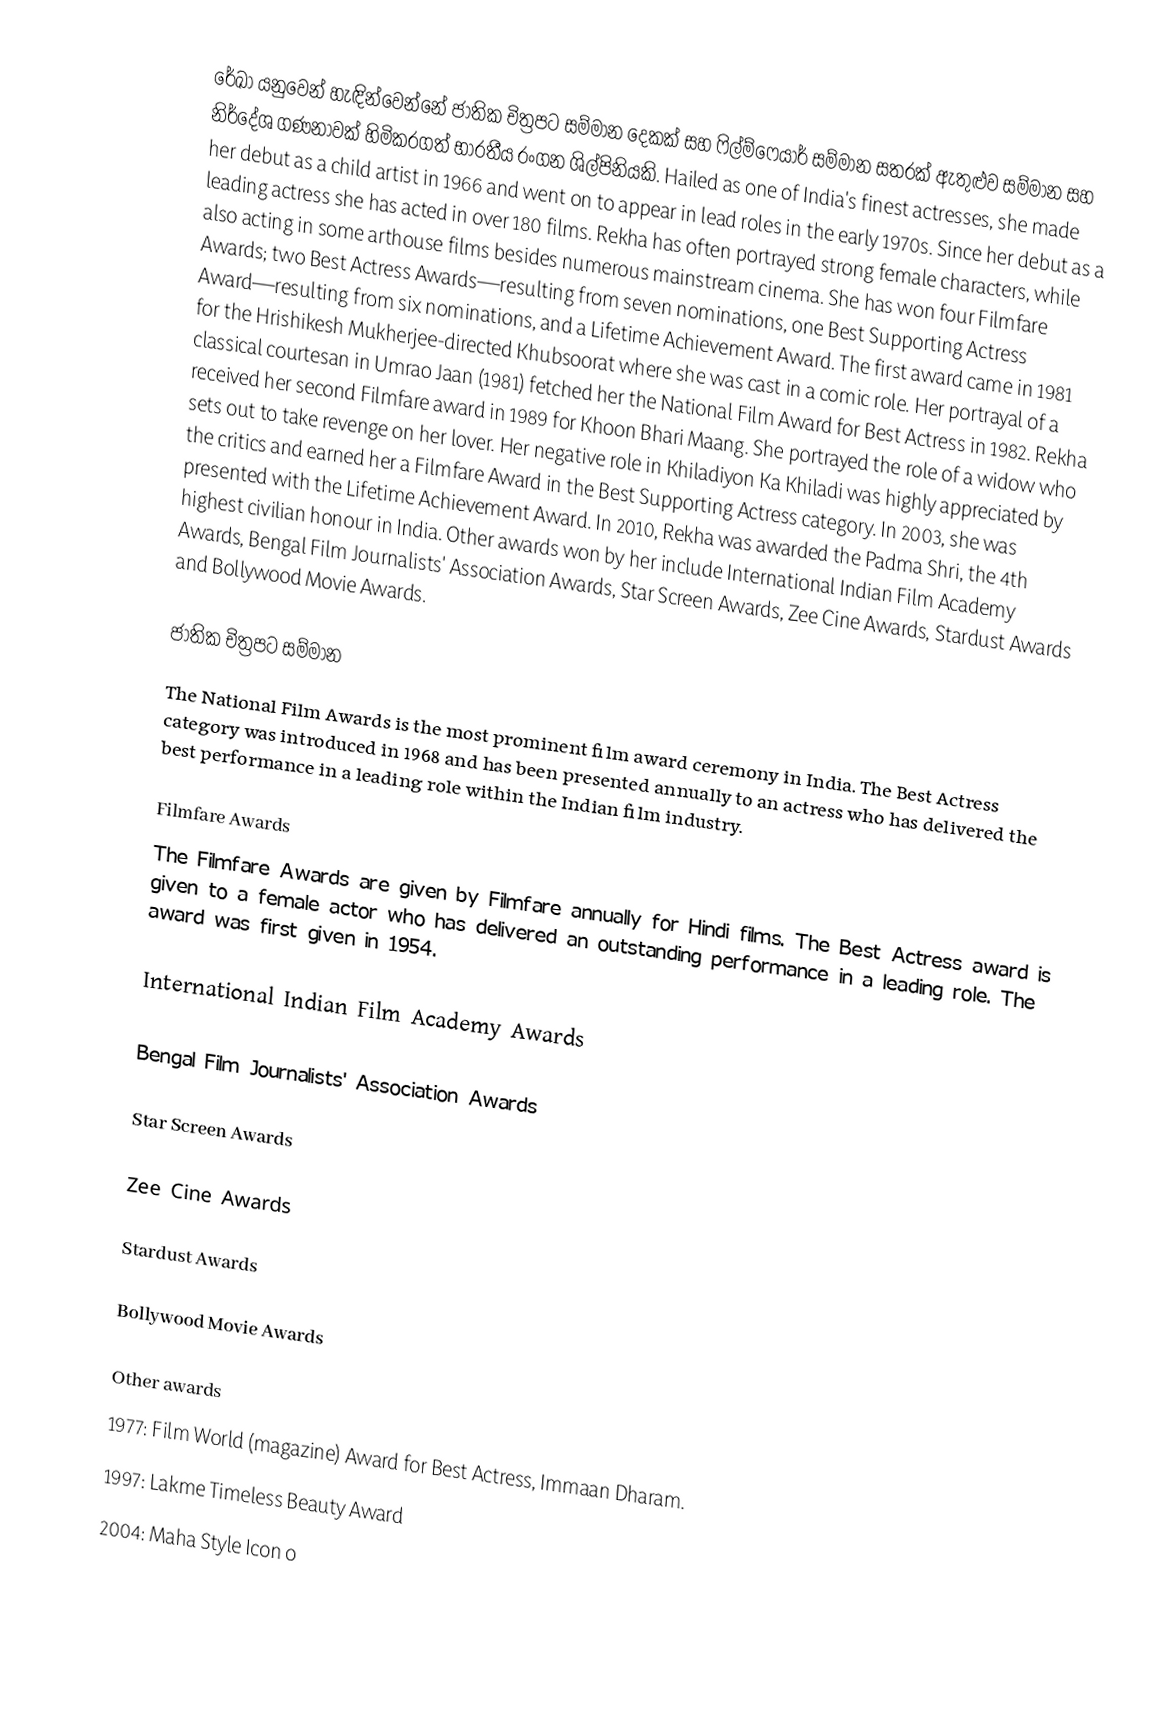
රේඛා යනුවෙන් හැඳින්වෙන්නේ ජාතික චිත්‍රපට සම්මාන දෙකක් සහ ෆිල්ම්ෆෙයාර් සම්මාන සතරක් ඇතුළුව සම්මාන සහ නිර්දේශ ගණනාවක් හිමිකරගත් භාරතීය රංගන ශිල්පිනියකි. Hailed as one of India's finest actresses, she made her debut as a child artist in 1966 and went on to appear in lead roles in the early 1970s. Since her debut as a leading actress she has acted in over 180 films. Rekha has often portrayed strong female characters, while also acting in some arthouse films besides numerous mainstream cinema. She has won four Filmfare Awards; two Best Actress Awards—resulting from seven nominations, one Best Supporting Actress Award—resulting from six nominations, and a Lifetime Achievement Award. The first award came in 1981 for the  Hrishikesh Mukherjee-directed Khubsoorat where she was cast in a comic role. Her portrayal of a classical courtesan in Umrao Jaan (1981) fetched her the National Film Award for Best Actress in 1982. Rekha received her second Filmfare award in 1989 for Khoon Bhari Maang. She portrayed the role of a widow who sets out to take revenge on her lover. Her negative role in Khiladiyon Ka Khiladi was highly appreciated by the critics and earned her a Filmfare Award in the Best Supporting Actress category. In 2003, she was presented with the Lifetime Achievement Award. In 2010, Rekha was awarded the Padma Shri, the 4th highest civilian honour in India. Other awards won by her include International Indian Film Academy Awards, Bengal Film Journalists' Association Awards, Star Screen Awards, Zee Cine Awards, Stardust Awards and Bollywood Movie Awards.

ජාතික චිත්‍රපට සම්මාන
The National Film Awards is the most prominent film award ceremony in India. The Best Actress category was introduced in 1968 and has been presented annually to an actress who has delivered the best performance in a leading role within the Indian film industry.

Filmfare Awards
The Filmfare Awards are given by Filmfare annually for Hindi films. The Best Actress award is given to a female actor who has delivered an outstanding performance in a leading role. The award was first given in 1954.

International Indian Film Academy Awards

Bengal Film Journalists' Association Awards

Star Screen Awards

Zee Cine Awards

Stardust Awards

Bollywood Movie Awards

Other awards
 1977: Film World (magazine) Award for Best Actress, Immaan Dharam.
 1997: Lakme Timeless Beauty Award
 2004: Maha Style Icon o